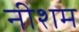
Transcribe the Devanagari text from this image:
नीशम